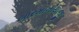
બારમાનીયાજી